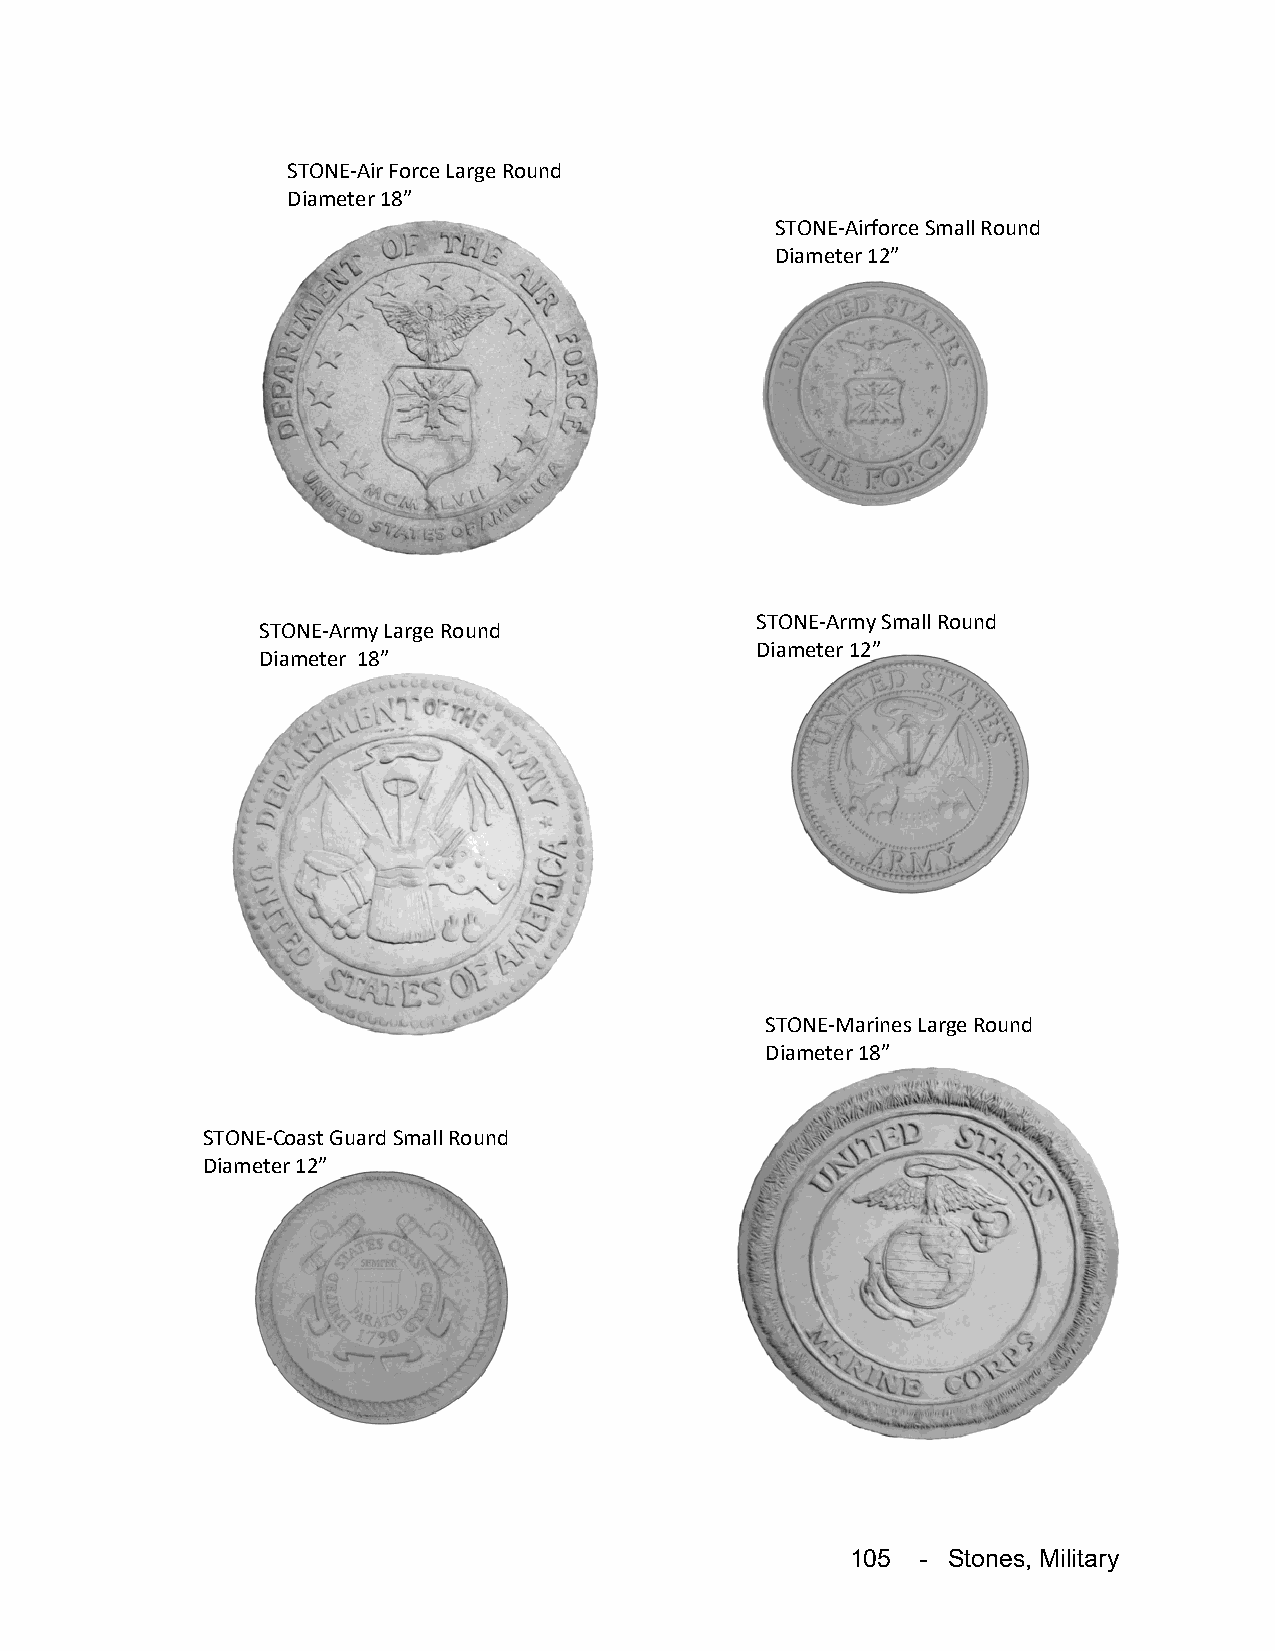
STONE-Air Force Large Round
 Diameter 18”
 STONE-Airforce Small Round
 Diameter 12”
 STONE-Army Small Round
 STONE-Army Large Round
 Diameter 12”
 Diameter 18”
 STONE-Marines Large Round
 Diameter 18”
 STONE-Coast Guard Small Round
 Diameter 12”
 105  - Stones, Military